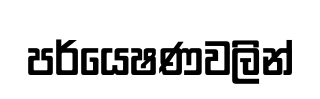
පර්යෙෂණවලින්